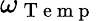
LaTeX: \omega_{\mathrm{~T~e~m~p~}}